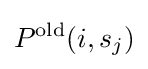
P^{\text{old}}(i,s_{j})